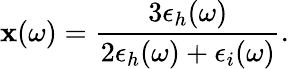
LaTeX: \mathbf{x}(\omega)=\frac{{3\epsilon_{h}(\omega)}}{{2\epsilon_{h}(\omega)+\epsilon_{i}(\omega)}}.